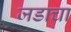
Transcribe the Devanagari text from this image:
जडाचा